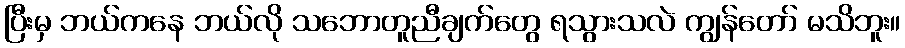
ပြီးမှ ဘယ်ကနေ ဘယ်လို သဘောတူညီချက်တွေ ရသွားသလဲ ကျွန်တော် မသိဘူး။